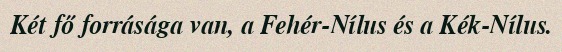
Két fő forrásága van, a Fehér-Nílus és a Kék-Nílus.